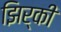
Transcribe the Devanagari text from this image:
झिर्की